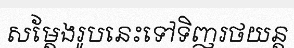
សម្តែងរូបនេះទៅទិញរថយន្ត